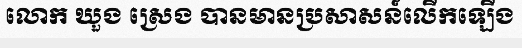
លោក ឃួង ស្រេង បានមានប្រសាសន៍លើកឡើង